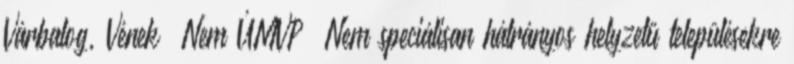
Várbalog, Vének ▪Nem ÚMVP ▪Nem speciálisan hátrányos helyzetű településekre